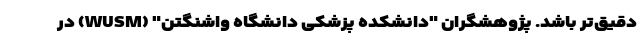
دقیق‌تر باشد. پژوهشگران "دانشکده پزشکی دانشگاه واشنگتن" (WUSM) در